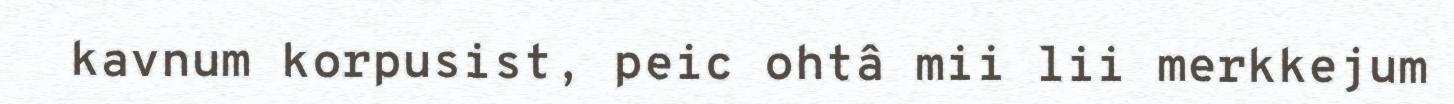
kavnum korpusist, peic ohtâ mii lii merkkejum